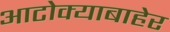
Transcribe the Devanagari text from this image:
आटोक्याबाहेर